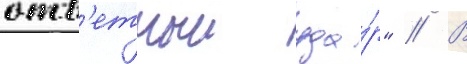
отв'етныи уда́р" // В